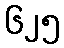
၆၂၅